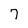
Character: 7